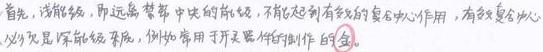
首先，浅能级，而远离禁带中央的能级，不能起到有效的复合中心作用，有效复合中心必须是深能级杂质，例如常用于开关器件制作的金。